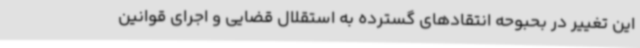
این تغییر در بحبوحه انتقادهای گسترده به استقلال قضایی و اجرای قوانین